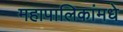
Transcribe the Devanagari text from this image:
महापालिकांमधे